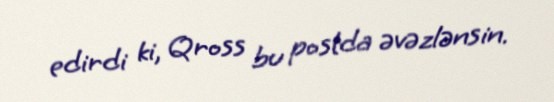
edirdi ki, Qross bu postda əvəzlənsin.